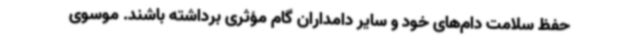
حفظ سلامت دام‌های خود و سایر دامداران گام مؤثری برداشته باشند. موسوی